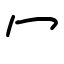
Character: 冖